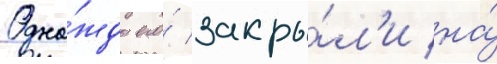
Одна́жды его́ закры́л'и на́